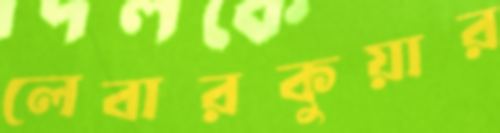
লেবারকুয়ার